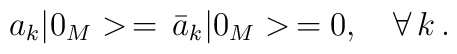
a_k|0_M>\,=\,\bar{a}_k|0_M>\,=0, \quad \forall \,k\,{.}